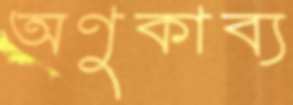
অণুকাব্য